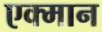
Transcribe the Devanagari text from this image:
एक्मान